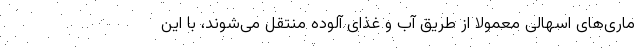
ماری‌های اسهالی معمولا از طریق آب و غذای آلوده منتقل می‌شوند، با این